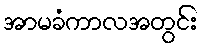
အာမခံကာလအတွင်း